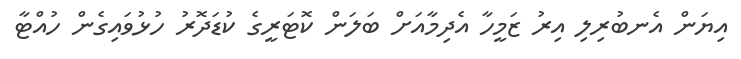
އިޔަން އެނބުރިލި އިރު ޒަމީހާ އެދިމާއަށް ބަލަން ކޮޓަރީގެ ކުޑަދޮރު ހުޅުވައިގެން ހުއްޓާ